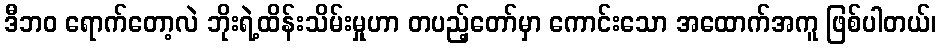
ဒီဘဝ ရောက်တော့လဲ ဘိုးရဲ့ထိန်းသိမ်းမှုဟာ တပည့်တော်မှာ ကောင်းသော အထောက်အကူ ဖြစ်ပါတယ်၊